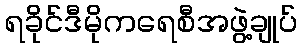
ရခိုင်ဒီမိုကရေစီအဖွဲ့ချုပ်